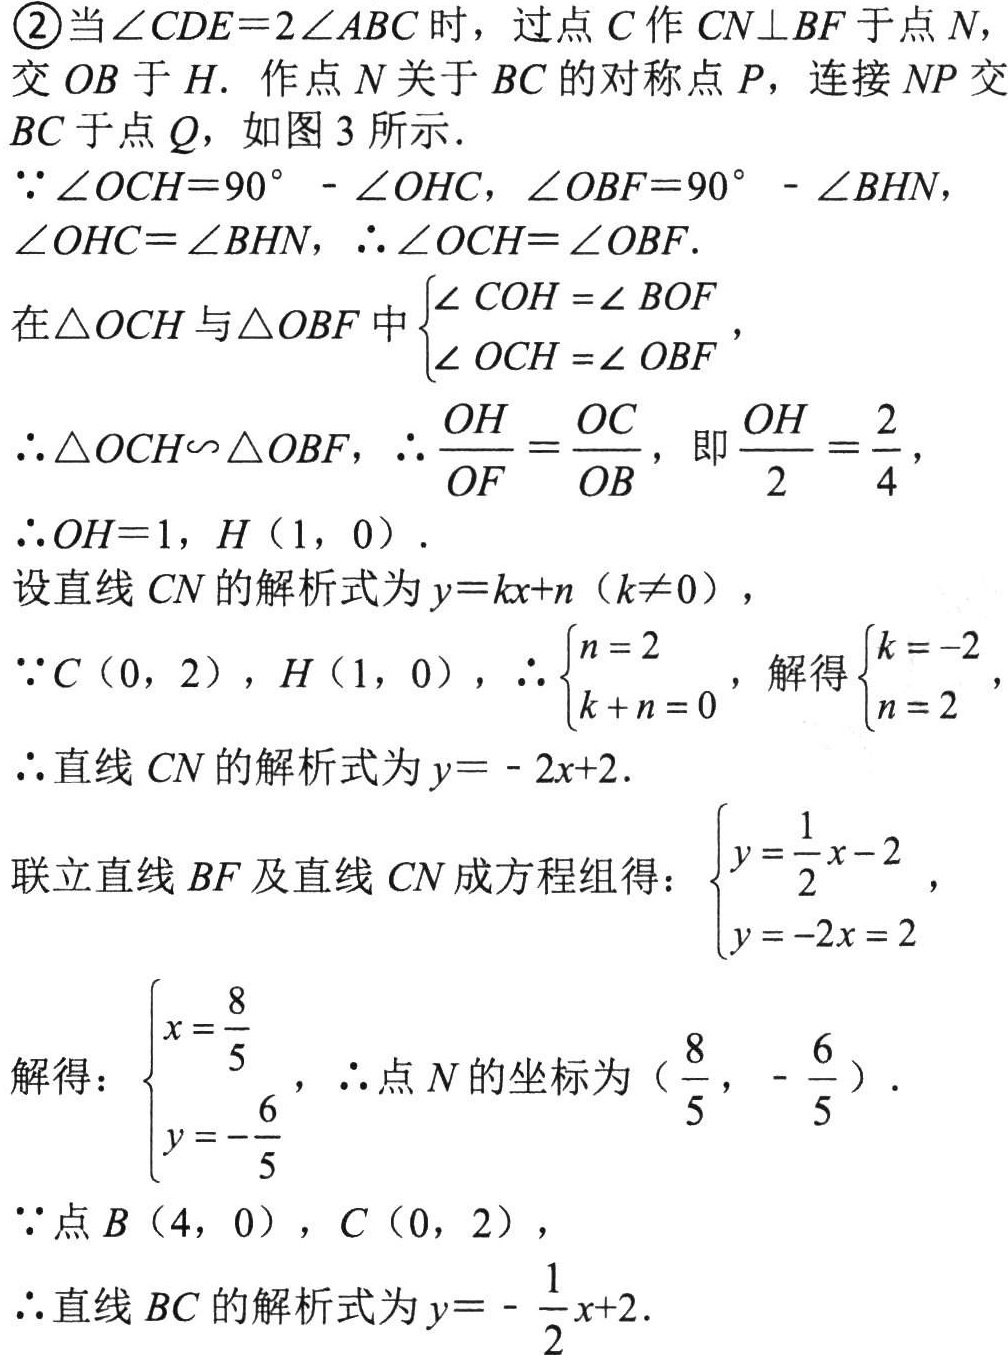
\textcircled{2}当\(\angle CDE = 2\angle ABC\)时，过点\(C\)作\(CN\perp BF\)于点\(N\)，交\(OB\)于\(H\)。作点\(N\)关于\(BC\)的对称点\(P\)，连接\(NP\)交\(BC\)于点\(Q\)，如图 3 所示。
\(\because\angle OCH = 90^{\circ}-\angle OHC\)，\(\angle OBF = 90^{\circ}-\angle BHN\)，\(\angle OHC=\angle BHN\)，\(\therefore\angle OCH=\angle OBF\)。
在\(\triangle OCH\)与\(\triangle OBF\)中\(\begin{cases}\angle COH=\angle BOF\\\angle OCH=\angle OBF\end{cases}\)，
\(\therefore\triangle OCH\sim\triangle OBF\)，\(\therefore\frac{OH}{OF}=\frac{OC}{OB}\)，即\(\frac{OH}{2}=\frac{2}{4}\)，
\(\therefore OH = 1\)，\(H(1,0)\)。
设直线\(CN\)的解析式为\(y = kx + n(k\neq0)\)，
\(\because C(0,2)\)，\(H(1,0)\)，\(\therefore\begin{cases}n = 2\\k + n = 0\end{cases}\)，解得\(\begin{cases}k=-2\\n = 2\end{cases}\)，
\(\therefore\)直线\(CN\)的解析式为\(y=-2x + 2\)。
联立直线\(BF\)及直线\(CN\)成方程组得：\(\begin{cases}y=\frac{1}{2}x - 2\\y=-2x + 2\end{cases}\)，
解得：\(\begin{cases}x=\frac{8}{5}\\y=-\frac{6}{5}\end{cases}\)，\(\therefore\)点\(N\)的坐标为\((\frac{8}{5},-\frac{6}{5})\)。
\(\because\)点\(B(4,0)\)，\(C(0,2)\)，
\(\therefore\)直线\(BC\)的解析式为\(y=-\frac{1}{2}x + 2\)。